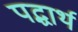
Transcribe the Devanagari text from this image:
पद्धार्थ